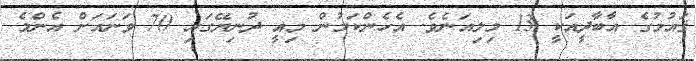
ޤައުމުގެ އާބާދީއަކީ 13 މިލިއަނެވެ. އެހެންކަމުން މިއީ ދުނިޔޭގައި 70 ވަނައަށް އެންމެ